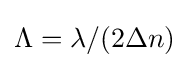
\Lambda =\lambda /(2\Delta n)